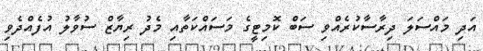
އަދި މައްސަލަ ދިރާސާކުރެއްވި ސަބް ކޮމިޓީގެ މަސައްކަތާއި މެދު ރިޔާޒް ސުވާލު އުފެއްދެވި